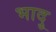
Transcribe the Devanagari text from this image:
भादु